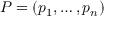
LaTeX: P = ( p _ { 1 } , \dots , p _ { n } )